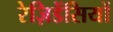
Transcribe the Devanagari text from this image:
रेज़िडेंसियों